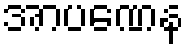
အာပဏေန